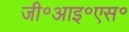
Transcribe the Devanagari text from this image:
जी॰आइ॰एस॰